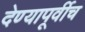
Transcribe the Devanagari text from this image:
देण्यापूर्वीच